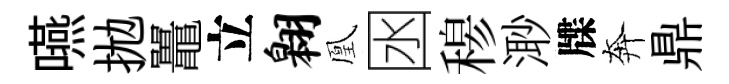
嚥拋鼉立翱凰囦𥠇𣺌牒奔鼎